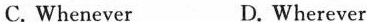
C.Whenever D.Wherever